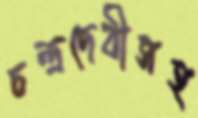
চন্দ্রদেবীসহ